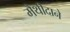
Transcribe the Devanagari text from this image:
मैथीदाने